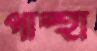
পান্থা